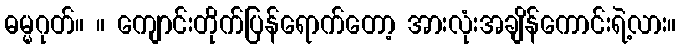
ဓမ္မဂုတ်။ ။ ကျောင်းတိုက်ပြန်ရောက်တော့ အားလုံးအချိန်ကောင်းရဲ့လား။